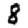
Digit: 8